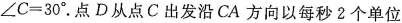
$$\angle C=30^{\circ}$$.点D从点C出发沿CA方向以每秒2个单位